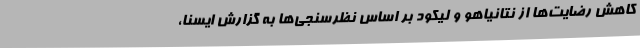
کاهش رضایت‌ها از نتانیاهو و لیکود بر اساس نظرسنجی‌ها به گزارش ایسنا،